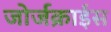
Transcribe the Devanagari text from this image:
जोर्जक्राईस